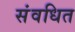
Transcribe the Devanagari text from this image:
संवधित